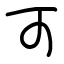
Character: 可